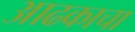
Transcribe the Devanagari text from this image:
आढकाचा